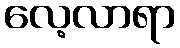
လေ့လာရာ